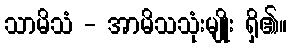
သာမိသံ - အာမိသသုံးမျိုး ရှိ၏။